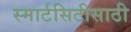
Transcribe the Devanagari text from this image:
स्मार्टसिटीसाठी